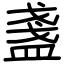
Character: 盞